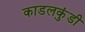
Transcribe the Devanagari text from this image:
काडलकुंडी